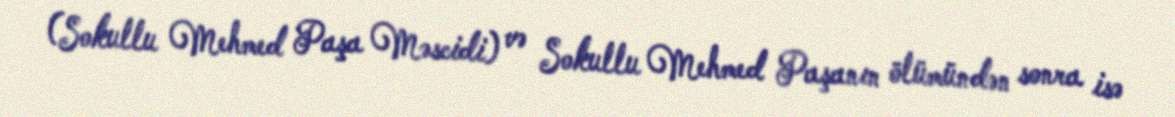
(Sokullu Mehmed Paşa Məscidi) və Sokullu Mehmed Paşanın ölümündən sonra isə